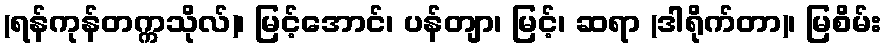
(ရန်ကုန်တက္ကသိုလ်)၊ မြင့်အောင်၊ ပန်တျာ၊ မြင့်၊ ဆရာ (ဒါရိုက်တာ)၊ မြစိမ်း